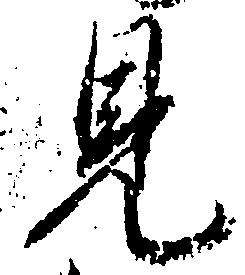
見